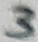
Text: 3